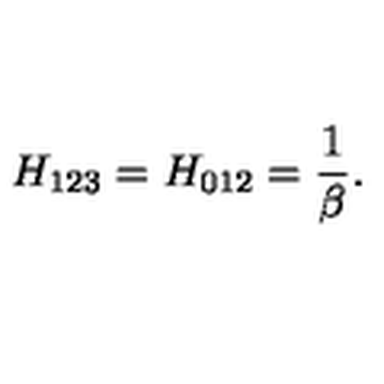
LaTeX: H _ { 1 2 3 } = H _ { 0 1 2 } = \frac { 1 } { \beta } .